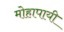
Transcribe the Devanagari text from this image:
मोहापायी